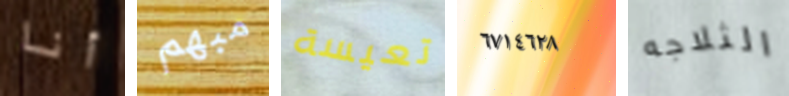
أنا مبهم تعيسة ٦٧١٤٦٢٨ الثلاجه